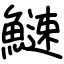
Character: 䲇